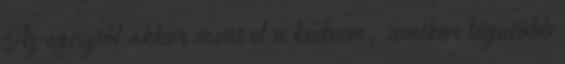
Az egésztől akkor ment el a kedvem, amikor legutóbb